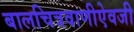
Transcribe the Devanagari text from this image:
बालचित्रवाणीऐवजी